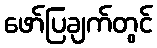
ဖော်ပြချက်တွင်